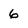
Character: 6